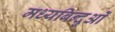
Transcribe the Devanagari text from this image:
मध्यबिन्दुओं